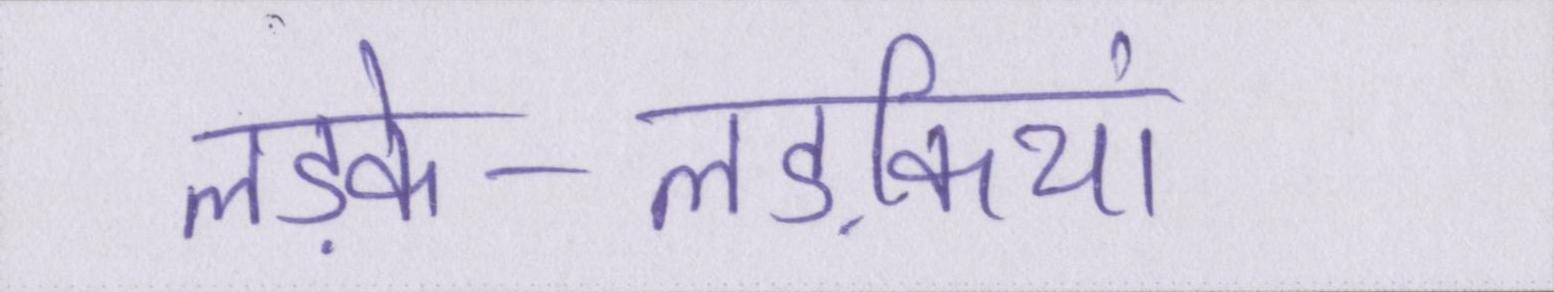
लड़के-लड़कियां